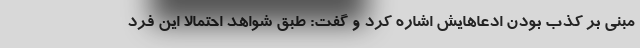
مبنی بر کذب بودن ادعاهایش اشاره کرد و گفت: طبق شواهد احتمالا این فرد